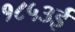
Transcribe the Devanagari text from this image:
१८५३ई